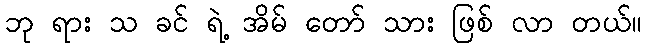
ဘု ရား သ ခင် ရဲ့ အိမ် တော် သား ဖြစ် လာ တယ်။